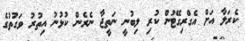
ކެރަލާ އަށް އެގްރިގޭޓުން ކުރި ލިބުނީ ނަތީޖާ ނެރެން ކުޅުނު އިތުރު ވަގުތުގެ